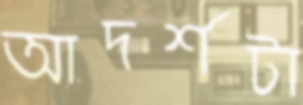
আদর্শটা